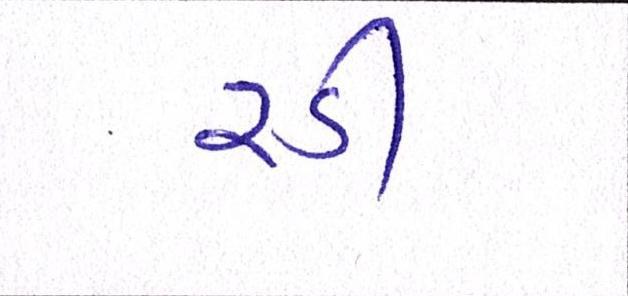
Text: રડી